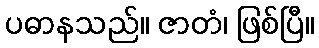
ပဓာနသည်။ ဇာတံ၊ ဖြစ်ပြီ။